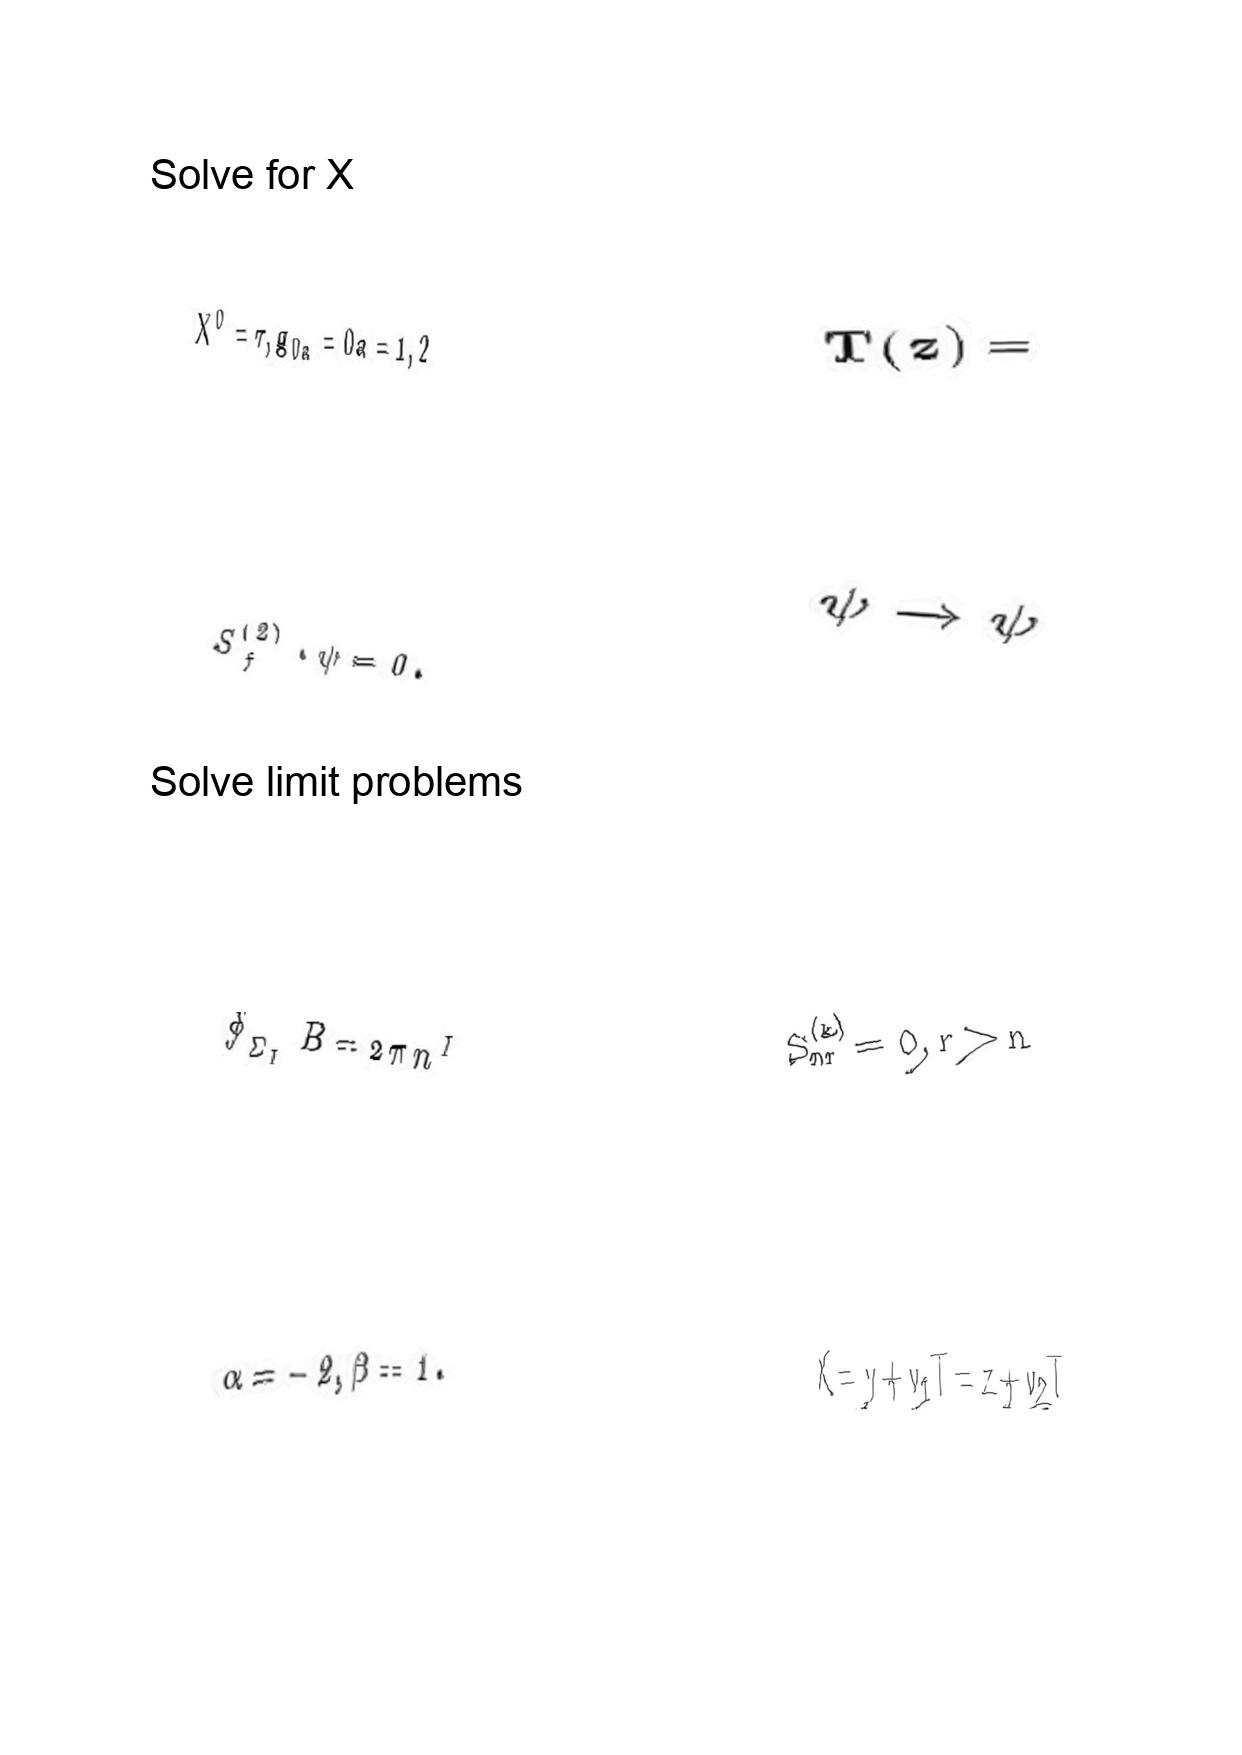
LaTeX transcription:
X ^ { 0 } = \tau , g _ { 0 a } = 0 a = 1 , 2
S _ { f } ^ { \lparen 2 \rparen } \cdot \psi = 0 .
\oint _ { \Sigma _ { I } } B = 2 \pi n ^ { I }
\alpha = - 2 , \beta = 1 .
T \lparen z \rparen =
\psi \rightarrow \psi
S _ { n r } ^ { \lparen k \rparen } = 0 , r \gt n
X = y + v _ { 1 } T = z + v _ { 2 } T